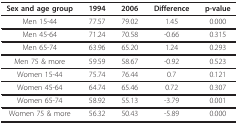
| Sex and age group | 1994 | 2006 | Difference | p-value |
 | --- | --- | --- | --- | --- |
 | Men 15-44 | 77.57 | 79.02 | 1.45 | 0.000 |
 | Men 45-64 | 71.24 | 70.58 | -0.66 | 0.315 |
 | Men 65-74 | 63.96 | 65.20 | 1.24 | 0.293 |
 | Men 75 & more | 59.59 | 58.67 | -0.92 | 0.523 |
 | Women 15-44 | 75.74 | 76.44 | 0.7 | 0.121 |
 | Women 45-64 | 64.74 | 65.46 | 0.72 | 0.307 |
 | Women 65-74 | 58.92 | 55.13 | -3.79 | 0.001 |
 | Women 75 & more | 56.32 | 50.43 | -5.89 | 0.000 |